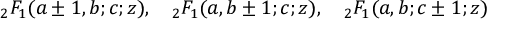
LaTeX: { } _ { 2 } F _ { 1 } ( a \pm 1 , b ; c ; z ) , \quad { } _ { 2 } F _ { 1 } ( a , b \pm 1 ; c ; z ) , \quad { } _ { 2 } F _ { 1 } ( a , b ; c \pm 1 ; z )